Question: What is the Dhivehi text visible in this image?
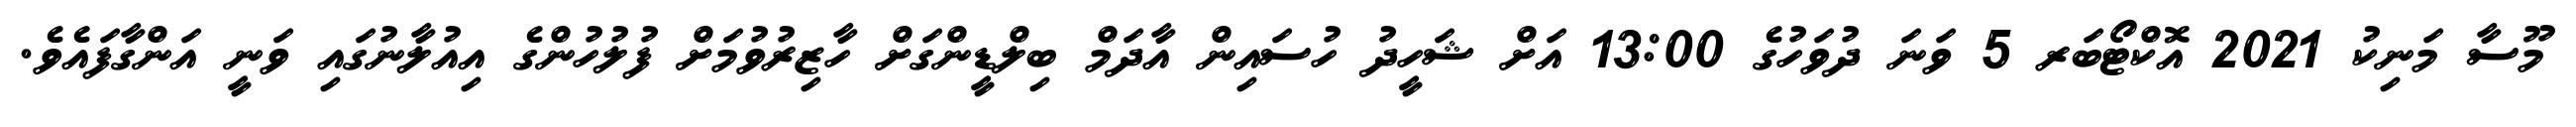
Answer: މޫސާ މަނިކު 2021 އޮކްޓޯބަރ 5 ވަނަ ދުވަހުގެ 13:00 އަށް ޝަހީދު ހުސައިން އާދަމް ބިލްޑީންގަށް ހާޒިރުވުމަށް ފުލުހުންގެ އިއުލާނުގައި ވަނީ އަންގާފައެވެ.